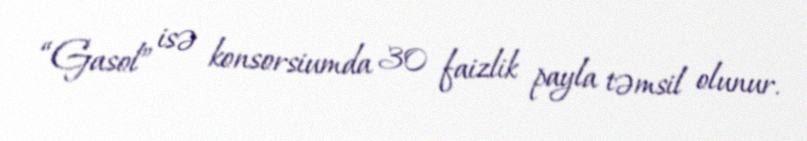
“Gasol” isə konsorsiumda 30 faizlik payla təmsil olunur.